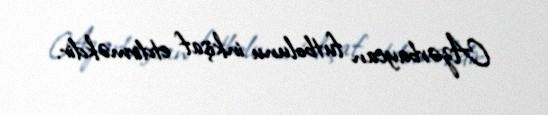
Azərbaycan futbolunu inkişaf etdirməkdir.